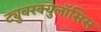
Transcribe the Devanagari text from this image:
ट्युुबरक्युलॉसिस